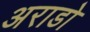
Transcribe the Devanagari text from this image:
अराडो